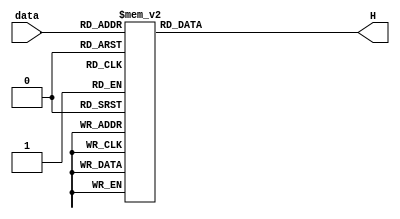
module hexseg(data,H);\ninput [3:0]data;\noutput reg [6:0]H;\nalways@(*)\nbegin\ncase(data)\n4'b0000:H=7'b1000000;//Give value to H[7] to H[0] one by one\n4'b0001:H=7'b1111001;\n4'b0010:H=7'b0100100;\n4'b0011:H=7'b0110000;\n4'b0100:H=7'b0011001;\n4'b0101:H=7'b0010010;\n4'b0110:H=7'b0000010;\n4'b0111:H=7'b1111000;\n4'b1000:H=7'b0000000;\n4'b1001:H=7'b0010000;\n4'b1010:H=7'b0001000;\n4'b1011:H=7'b0000011;\n4'b1100:H=7'b1000110;\n4'b1101:H=7'b0100001;\n4'b1110:H=7'b0000110;\n4'b1111:H=7'b0001110;\ndefault H=7'b1111111;\nendcase\nend\nendmodule
module counter_26bit(S,K,Q);\ninput [1:0]S;//this input is for enable and clear s[0] is clear while s[1] is enable\ninput [1:0]K;\noutput reg [25:0]Q;\nwire Enable,Clear;\nassign Clock=K[0];\nassign Enable=S[1];\nassign Clear=S[0];\n\nalways@(negedge Clear,posedge Clock)\nif(Clear==0)\nQ<=0;\nelse if(Enable==1)\nQ<=Q+1;\n\nendmodule
module counter_27bit(S,K,Q);\ninput [1:0]S;//this input is for enable and clear s[0] is clear while s[1] is enable\ninput [1:0]K;\noutput reg [26:0]Q;\nwire Enable,Clear;\nassign Clock=K[0];\nassign Enable=S[1];\nassign Clear=S[0];\n\nalways@(negedge Clear,posedge Clock)\nif(Clear==0)\nQ<=0;\nelse if(Enable==1)\nQ<=Q+1;\n\nendmodule
module counter_28bit(S,K,Q);\ninput [1:0]S;//this input is for enable and clear s[0] is clear while s[1] is enable\ninput [1:0]K;\noutput reg [27:0]Q;\nwire Enable,Clear;\nassign Clock=K[0];\nassign Enable=S[1];\nassign Clear=S[0];\n\nalways@(negedge Clear,posedge Clock)\nif(Clear==0)\nQ<=0;\nelse if(Enable==1)\nQ<=Q+1;\n\nendmodule
module counter_4bit(E,S,K,Q);\ninput S,E;\ninput [1:0]K;\noutput reg [3:0]Q;\nwire Enable,Clear;\nassign Clock=K[0];\nassign Enable=E;\nassign Clear=S;\n\nalways@(negedge Clear,posedge Clock)\nif(Clear==0)\nQ<=0;\nelse if(Enable==1)\nQ<=Q+1;\n\nendmodule
module part3(SW,CLOCK_50,HEX0);\n//recall module counter_26bit(S,K,Q); s[0] is clear s[1] is enable\ninput [3:0]SW;\ninput CLOCK_50;\noutput [6:0]HEX0;\nwire [80:0]Q;\nwire [4:0]w;\nwire [3:0]data;\ncounter_26bit c0(SW[3:2],CLOCK_50,Q[25:0]);//SW[3]is enable SW[2]is active-low clear\ncounter_27bit c1(SW[3:2],CLOCK_50,Q[52:26]);\ncounter_28bit c2(SW[3:2],CLOCK_50,Q[80:53]);\nassign w[0]=~SW[1]&~SW[0];\nassign w[1]=~SW[1]&SW[0]&Q[25]&Q[24]&Q[23]&Q[22]&Q[21]&Q[20]\n&Q[19]&Q[18]&Q[17]&Q[16]&Q[15]&Q[14]&Q[13]&Q[12]&Q[11]&Q[10]&Q[9]&Q[8]&Q[7]&Q[6]&Q[5]&Q[4]&Q[3]&Q[2]&Q[1]&Q[0];\nassign w[2]=SW[1]&~SW[0]&Q[52]&Q[51]&Q[50]&Q[49]&Q[48]&Q[47]\n&Q[46]&Q[45]&Q[44]&Q[43]&Q[42]&Q[41]&Q[40]&Q[39]&Q[38]&Q[37]&Q[36]&Q[35]&Q[34]&Q[33]&Q[32]&Q[31]&Q[30]\n&Q[29]&Q[28]&Q[27]&Q[26];\nassign w[3]=SW[1]&SW[0]&Q[80]&Q[79]&Q[78]&Q[77]&Q[76]&Q[75]\n&Q[74]&Q[73]&Q[72]&Q[71]&Q[70]&Q[69]&Q[68]&Q[67]&Q[66]&Q[65]&Q[64]&Q[63]&Q[62]&Q[61]&Q[60]&Q[59]&Q[58]\n&Q[57]&Q[56]&Q[55]&Q[54]&Q[53];\nassign w[4]=w[3]|w[2]|w[1]|w[0];\ncounter_4bit c3(w[4],SW[2],CLOCK_50,data);//recall module counter_4bit(E,S,K,Q); E enable, S clear, K clock,Q output\n\nhexseg h0(data,HEX0);\nendmodule